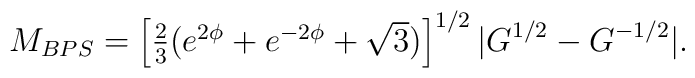
M_{BPS}=\left[\textstyle{2\over3}(e^{2\phi}+e^{-2\phi}+\sqrt{3})\right]^{1/2}|G^{1/2}-G^{-1/2}|.